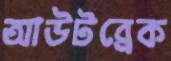
আউটব্রেক